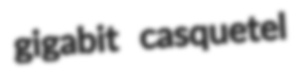
gigabit casquetel